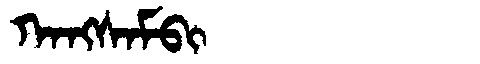
Manchu: ᡴᠠᠩᠰᠠᠮᠪᡳ
Romanization: KANGSAMBI